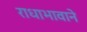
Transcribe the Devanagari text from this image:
राधाभावाने